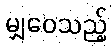
မျှဝေသည့်